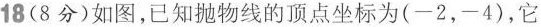
18(8分)如图，已知抛物线的顶点坐标为(-2，-4)，它